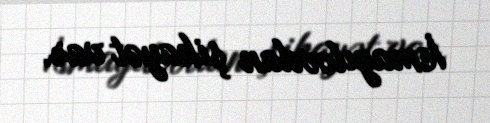
İsmayılovdan şikayət var.